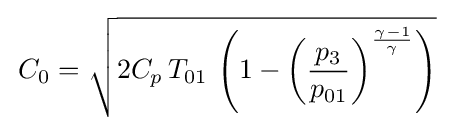
\,C_{0}={\sqrt {2C_{p}\,T_{01}\,\left(1-\left({\frac {p_{3}}{p_{01}}}\right)^{\frac {\gamma -1}{\gamma }}\right)}}